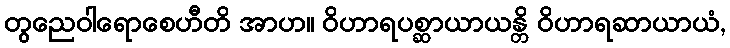
တွညေဝါရောစေဟီတိ အာဟ။ ဝိဟာရပစ္ဆာယာယန္တိ ဝိဟာရဆာယာယံ,